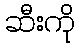
ဆီးကို